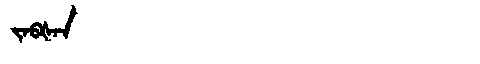
Manchu: ᠵᠠᠪᡧᠠᠨ
Romanization: JABŠAN